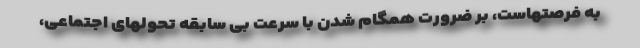
به فرصتهاست، بر ضرورت همگام شدن با سرعت بی سابقه تحولهای اجتماعی،